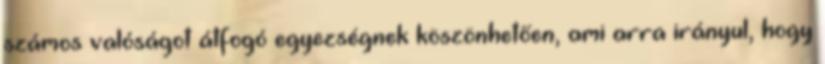
számos valóságot átfogó egyezségnek köszönhetően, ami arra irányul, hogy